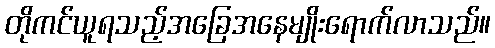
တိုကင်ယူရသည့်အခြေအနေမျိုးရောက်လာသည်။